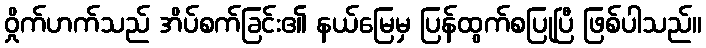
ဝှိုက်ဟက်သည် အိပ်စက်ခြင်း၏ နယ်မြေမှ ပြန်ထွက်စပြုပြီ ဖြစ်ပါသည်။